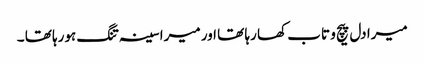
میرا دل پیچ و تاب کھا رہا تھا اور میرا سینہ تنگ ہورہا تھا ۔